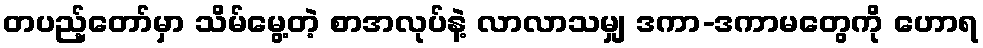
တပည့်တော်မှာ သိမ်မွေ့တဲ့ စာအလုပ်နဲ့ လာလာသမျှ ဒကာ-ဒကာမတွေကို ဟောရ